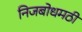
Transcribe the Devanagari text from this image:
निजबोधमठी